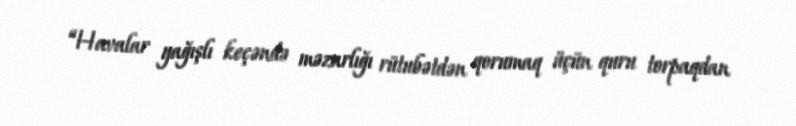
“Havalar yağışlı keçəndə məzarlığı rütubətdən qorumaq üçün quru torpaqdan